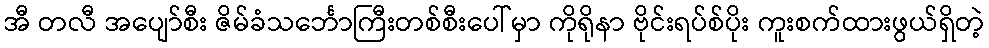
အီ တလီ အပျော်စီး ဇိမ်ခံသင်္ဘောကြီးတစ်စီးပေါ်မှာ ကိုရိုနာ ဗိုင်းရပ်စ်ပိုး ကူးစက်ထားဖွယ်ရှိတဲ့